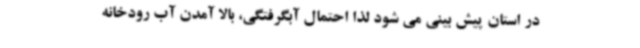
در استان پیش بینی می شود لذا احتمال آبگرفتگی، بالا آمدن آب رودخانه